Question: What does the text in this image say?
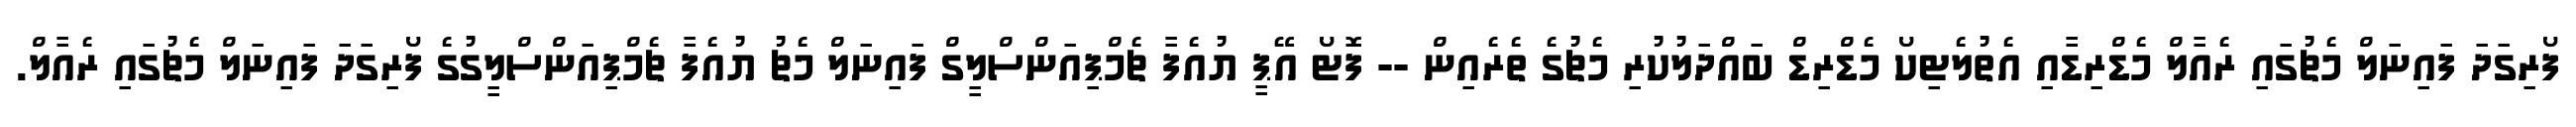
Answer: ފޯރިގަދަ ފައިނަލް މެޗުގައި ރެއާލް މެޑްރިޑާއި އެތުލެޓިކޯ މެޑްރިޑް ބައްދަލުކުރި މެޗުގެ ތެރެއިން -- ފޮޓޯ އޭޕީ ޔުއެފާ ޗެމްޕިއަންސްލީގް ފައިނަލް މެޗު ޔުއެފާ ޗެމްޕިއަންސްލީގުގެ ފޯރިގަދަ ފައިނަލް މެޗުގައި ރެއާލް.